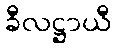
ခီလဋ္ဌာယီ